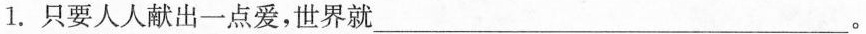
1.只要人人献出一点爱，世界就\underline。